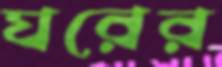
ঘরের